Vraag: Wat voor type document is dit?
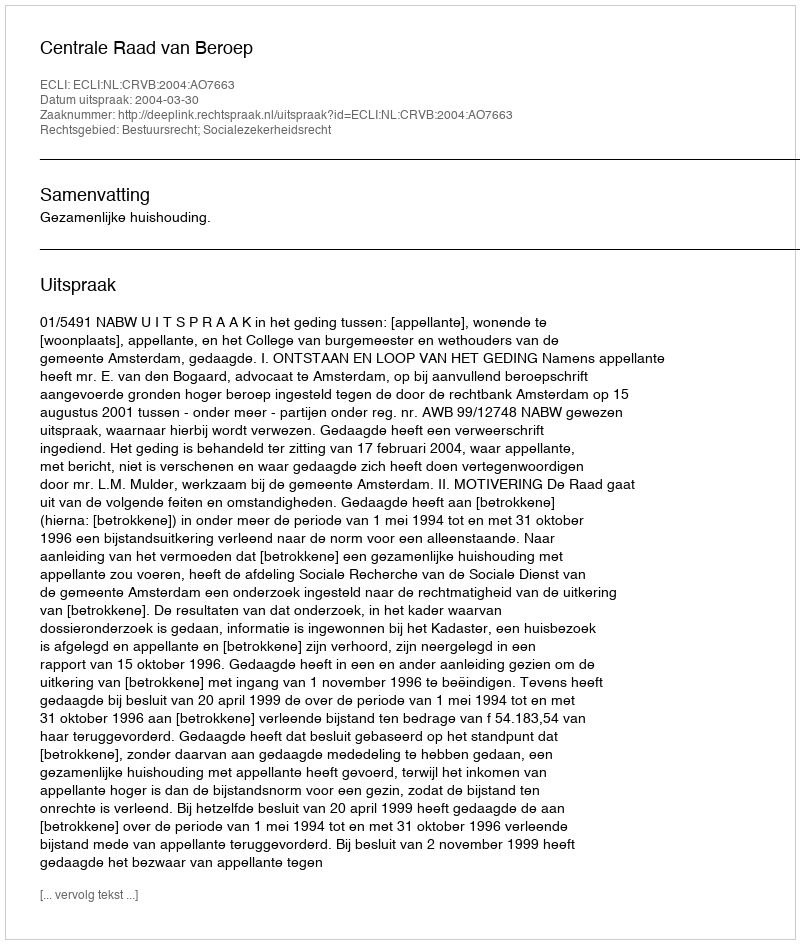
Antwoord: Uitspraak